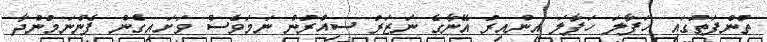
ތުންފަތުގައި ހަފާލަ ހަފާލަ އިންއިރު އޭނާގެ ނަޒަރު ސިއްރުން ނަމަވެސް ވަށައިގެން ފެންނަމުންދާ